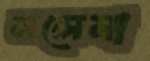
সলেমা